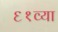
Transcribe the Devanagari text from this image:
६१व्या